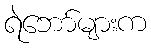
ရဲဘော်များက